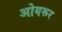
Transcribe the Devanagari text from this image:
ओयरूर